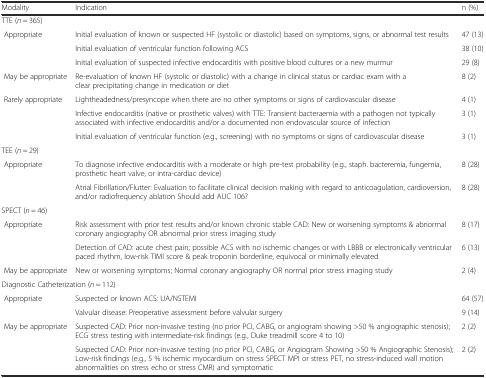
<table><thead><tr><td><b>Modality</b></td><td><b>Indication</b></td><td><b>n (%)</b></td></tr></thead><tbody><tr><td colspan="2">TTE (<i>n</i> = 365)</td><td></td></tr><tr><td> Appropriate</td><td>Initial evaluation of known or suspected HF (systolic or diastolic) based on symptoms, signs, or abnormal test results</td><td>47 (13)</td></tr><tr><td></td><td>Initial evaluation of ventricular function following ACS</td><td>38 (10)</td></tr><tr><td></td><td>Initial evaluation of suspected infective endocarditis with positive blood cultures or a new murmur</td><td>29 (8)</td></tr><tr><td> May be appropriate</td><td>Re-evaluation of known HF (systolic or diastolic) with a change in clinical status or cardiac exam with a clear precipitating change in medication or diet</td><td>8 (2)</td></tr><tr><td> Rarely appropriate</td><td>Lightheadedness/presyncope when there are no other symptoms or signs of cardiovascular disease</td><td>4 (1)</td></tr><tr><td></td><td>Infective endocarditis (native or prosthetic valves) with TTE: Transient bacteraemia with a pathogen not typically associated with infective endocarditis and/or a documented non endovascular source of infection</td><td>3 (1)</td></tr><tr><td></td><td>Initial evaluation of ventricular function (e.g., screening) with no symptoms or signs of cardiovascular disease</td><td>3 (1)</td></tr><tr><td colspan="2">TEE (<i>n</i> = 29)</td><td></td></tr><tr><td> Appropriate</td><td>To diagnose infective endocarditis with a moderate or high pre-test probability (e.g., staph. bacteremia, fungemia, prosthetic heart valve, or intra-cardiac device)</td><td>8 (28)</td></tr><tr><td></td><td>Atrial Fibrillation/Flutter: Evaluation to facilitate clinical decision making with regard to anticoagulation, cardioversion, and/or radiofrequency ablation Should add AUC 106?</td><td>8 (28)</td></tr><tr><td colspan="2">SPECT (<i>n</i> = 46)</td><td></td></tr><tr><td> Appropriate</td><td>Risk assessment with prior test results and/or known chronic stable CAD: New or worsening symptoms &amp; abnormal coronary angiography OR abnormal prior stress imaging study</td><td>8 (17)</td></tr><tr><td></td><td>Detection of CAD: acute chest pain; possible ACS with no ischemic changes or with LBBB or electronically ventricular paced rhythm, low-risk TIMI score &amp; peak troponin borderline, equivocal or minimally elevated</td><td>6 (13)</td></tr><tr><td> May be appropriate</td><td>New or worsening symptoms; Normal coronary angiography OR normal prior stress imaging study</td><td>2 (4)</td></tr><tr><td colspan="2">Diagnostic Catheterization (<i>n</i> = 112)</td><td></td></tr><tr><td> Appropriate</td><td>Suspected or known ACS: UA/NSTEMI</td><td>64 (57)</td></tr><tr><td></td><td>Valvular disease: Preoperative assessment before valvular surgery</td><td>9 (14)</td></tr><tr><td> May be appropriate</td><td>Suspected CAD: Prior non-invasive testing (no prior PCI, CABG, or angiogram showing &gt;50 % angiographic stenosis); ECG stress testing with intermediate-risk findings (e.g., Duke treadmill score 4 to 10)</td><td>2 (2)</td></tr><tr><td></td><td>Suspected CAD: Prior non-invasive testing (no prior PCI, CABG, or Angiogram Showing &gt;50 % Angiographic Stenosis); Low-risk findings (e.g., 5 % ischemic myocardium on stress SPECT MPI or stress PET, no stress-induced wall motion abnormalities on stress echo or stress CMR) and symptomatic</td><td>2 (2)</td></tr></tbody></table>